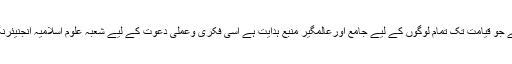
سلسلہ انبیاء کےآخری پیغمبر حضرت محمد ﷺ ہیں اور اسلام آخری او رحتمی دین ہے جو قیامت تک تمام لوگوں کے لیے جامع اورعالمگیر منبع ہدایت ہے اسی فکری وعملی دعوت کے لیے شعبہ علوم ِاسلامیہ انجنیئرنگ یونیورسٹی ،لاہور گزشتہ نصف صدی سے نہایت اخلاص سےمصروف عمل ہے۔